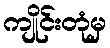
ကျိုင်းတုံမှ